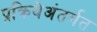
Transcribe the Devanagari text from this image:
प्रक्रियेअंतर्गत